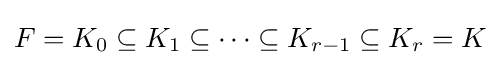
F=K_{0}\subseteq K_{1}\subseteq \cdots \subseteq K_{r-1}\subseteq K_{r}=K